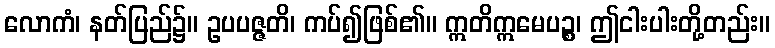
လောကံ၊ နတ်ပြည်၌။ ဥပပဇ္ဇတိ၊ ကပ်၍ဖြစ်၏။ ဣတိဣမေပဉ္စ၊ ဤငါးပါးတို့တည်း။